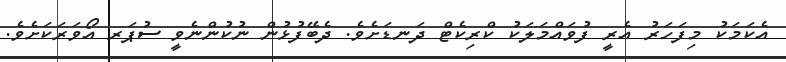
އެކަމަކު މިފަހަރު އެރީ ފުވައްމަލަކު ކްރިކެޓް ދަނޑަށެވެ. ދެބޭފުޅުން ނުކުންނެވީ ސުޕަރ އޯވަރަކަށެވެ.